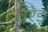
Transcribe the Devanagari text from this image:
तरेड़